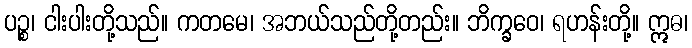
ပဉ္စ၊ ငါးပါးတို့သည်။ ကတမေ၊ အဘယ်သည်တို့တည်း။ ဘိက္ခဝေ၊ ရဟန်းတို့။ ဣဓ၊